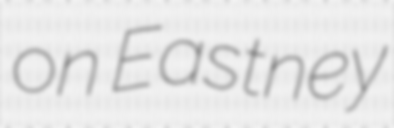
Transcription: on Eastney